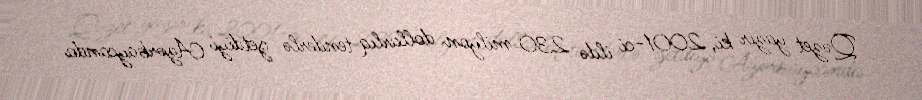
Qəzet yazır ki, 2001-ci ildə 230 milyon dollarlıq tenderlə getdiyi Azərbaycanda